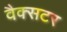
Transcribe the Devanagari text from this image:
वैक्सटर